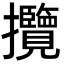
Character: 攬